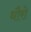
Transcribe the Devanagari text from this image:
धौरो